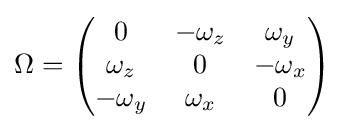
\Omega ={\begin{pmatrix}0&-\omega _{z}&\omega _{y}\\\omega _{z}&0&-\omega _{x}\\-\omega _{y}&\omega _{x}&0\\\end{pmatrix}}